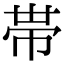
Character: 帯